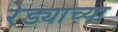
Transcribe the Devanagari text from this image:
रेड्याच्या